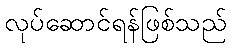
လုပ်ဆောင်ရန်ဖြစ်သည်